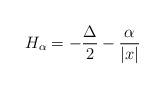
LaTeX: \begin{align*}H_{\alpha} = -\frac{\Delta}{2} - \frac{\alpha}{|x|}\end{align*}